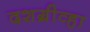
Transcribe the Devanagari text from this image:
दशग्रीव्हा